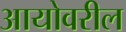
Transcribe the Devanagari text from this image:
आयोवरील